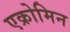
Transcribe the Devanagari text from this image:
एक्रोमिन